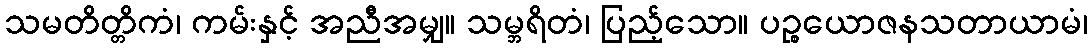
သမတိတ္တိကံ၊ ကမ်းနှင့် အညီအမျှ။ သမ္ဘရိတံ၊ ပြည့်သော။ ပဉ္စယောဇနသတာယာမံ၊